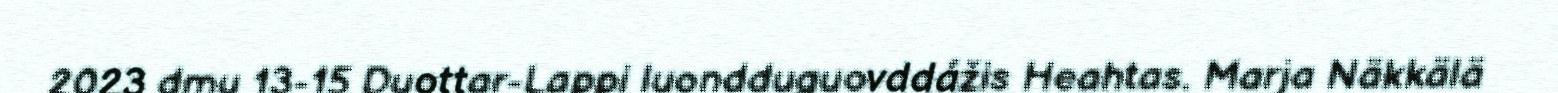
2023 dmu 13-15 Duottar-Lappi luondduguovddážis Heahtas. Marja Näkkälä